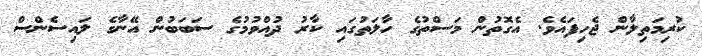
ކުރިމަތިލާން ޖެހިފައެވެ. އެގޮތުން މަސްތުގެ ހާލަތުގައި ކާރު ދުއްވުމުގެ ސަބަބުން އޭނާގެ ލައިސެންސް